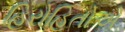
હિરોહિતોએ